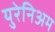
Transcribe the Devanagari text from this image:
युरेनिअम